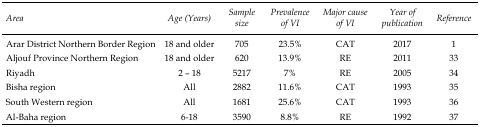
<table><thead><tr><td><b>Area</b></td><td><b>Age (Years)</b></td><td><b>Sample size</b></td><td><b>Prevalence of VI</b></td><td><b>Major cause of VI</b></td><td><b>Year of publication</b></td><td><b>Reference</b></td></tr></thead><tbody><tr><td>Arar District Northern Border Region</td><td>18 and older</td><td>705</td><td>23.5%</td><td>CAT</td><td>2017</td><td>1</td></tr><tr><td>Aljouf Province Northern Region</td><td>18 and older</td><td>620</td><td>13.9%</td><td>RE</td><td>2011</td><td>33</td></tr><tr><td>Riyadh</td><td>2 – 18</td><td>5217</td><td>7%</td><td>RE</td><td>2005</td><td>34</td></tr><tr><td>Bisha region</td><td>All</td><td>2882</td><td>11.6%</td><td>CAT</td><td>1993</td><td>35</td></tr><tr><td>South Western region</td><td>All</td><td>1681</td><td>25.6%</td><td>CAT</td><td>1993</td><td>36</td></tr><tr><td>Al-Baha region</td><td>6-18</td><td>3590</td><td>8.8%</td><td>RE</td><td>1992</td><td>37</td></tr></tbody></table>